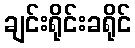
ချင်းရိုင်းခရိုင်